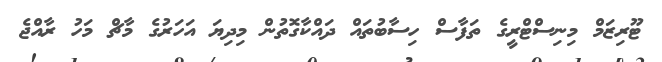
ޓޫރިޒަމް މިނިސްޓްރީގެ ތަފާސް ހިސާބުތައް ދައްކާގޮތުން މިދިޔަ އަހަރުގެ މާޗް މަހު ރާއްޖެ